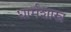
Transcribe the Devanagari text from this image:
धार्मशास्त्र